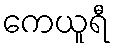
ကေယူရီ